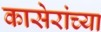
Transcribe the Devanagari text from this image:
कासेरांच्या